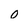
Character: 0